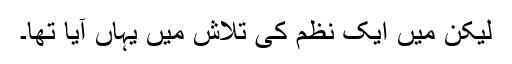
لیکن میں ایک نظم کی تلاش میں یہاں آیا تھا۔